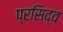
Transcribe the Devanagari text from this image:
प्रसिद्व